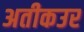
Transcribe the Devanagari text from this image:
अतीकउर